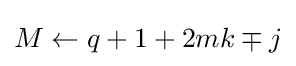
M\leftarrow q+1+2mk\mp j